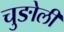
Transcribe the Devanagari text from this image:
चुङोली